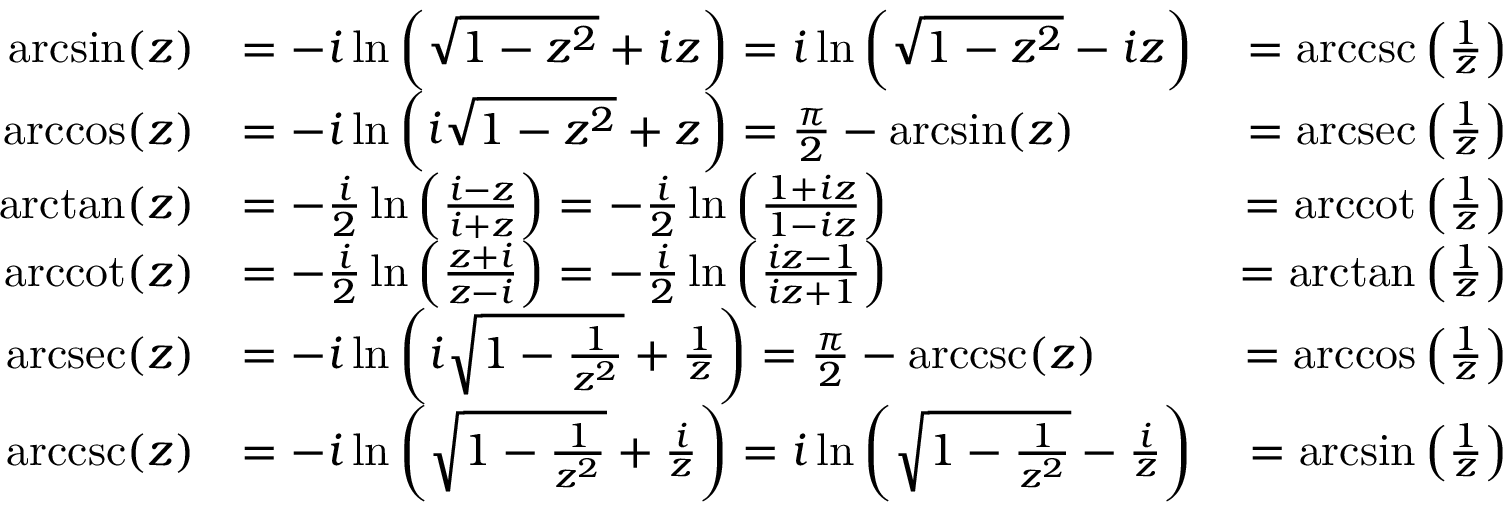
{ \begin{array} { r l r } { \arcsin ( z ) } & { = - i \ln \left( { \sqrt { 1 - z ^ { 2 } } } + i z \right) = i \ln \left( { \sqrt { 1 - z ^ { 2 } } } - i z \right) } & { = \operatorname { a r c c s c } \left( { \frac { 1 } { z } } \right) } \\ { \operatorname { a r c c o s } ( z ) } & { = - i \ln \left( i { \sqrt { 1 - z ^ { 2 } } } + z \right) = { \frac { \pi } { 2 } } - \arcsin ( z ) } & { = \operatorname { a r c s e c } \left( { \frac { 1 } { z } } \right) } \\ { \arctan ( z ) } & { = - { \frac { i } { 2 } } \ln \left( { \frac { i - z } { i + z } } \right) = - { \frac { i } { 2 } } \ln \left( { \frac { 1 + i z } { 1 - i z } } \right) } & { = \operatorname { a r c c o t } \left( { \frac { 1 } { z } } \right) } \\ { \operatorname { a r c c o t } ( z ) } & { = - { \frac { i } { 2 } } \ln \left( { \frac { z + i } { z - i } } \right) = - { \frac { i } { 2 } } \ln \left( { \frac { i z - 1 } { i z + 1 } } \right) } & { = \arctan \left( { \frac { 1 } { z } } \right) } \\ { \operatorname { a r c s e c } ( z ) } & { = - i \ln \left( i { \sqrt { 1 - { \frac { 1 } { z ^ { 2 } } } } } + { \frac { 1 } { z } } \right) = { \frac { \pi } { 2 } } - \operatorname { a r c c s c } ( z ) } & { = \operatorname { a r c c o s } \left( { \frac { 1 } { z } } \right) } \\ { \operatorname { a r c c s c } ( z ) } & { = - i \ln \left( { \sqrt { 1 - { \frac { 1 } { z ^ { 2 } } } } } + { \frac { i } { z } } \right) = i \ln \left( { \sqrt { 1 - { \frac { 1 } { z ^ { 2 } } } } } - { \frac { i } { z } } \right) } & { = \arcsin \left( { \frac { 1 } { z } } \right) } \end{array} }